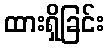
ထားရှိခြင်း